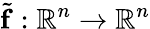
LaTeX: \widetilde{\mathbf f}:\mathbb R^{n}\to\mathbb R^{n}